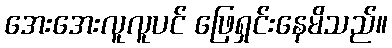
အေးအေးလူလူပင် ဖြေရှင်းနေမိသည်။